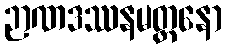
ဉာဏဒဿနမတ္တနော